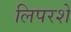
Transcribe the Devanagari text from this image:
लिपरशे